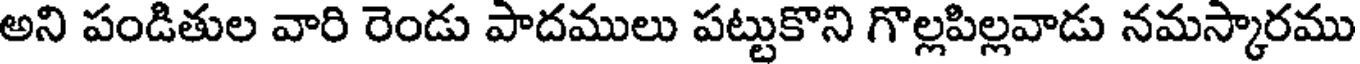
అని పండితుల వారి రెండు పాదములు పట్టుకొని గొల్లపిల్లవాడు నమస్కారము